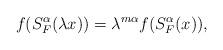
LaTeX: \begin{align*} f(S_{F}^{\alpha}(\lambda x))=\lambda^{m \alpha}f(S_{F}^{\alpha}(x)),\end{align*}